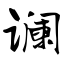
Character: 谰